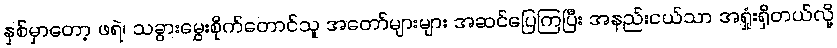
နှစ်မှာတော့ ဖရဲ၊ သခွားမွှေးစိုက်တောင်သူ အတော်များများ အဆင်ပြေကြပြီး အနည်းငယ်သာ အရှုံးရှိတယ်လို့